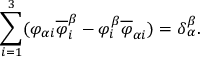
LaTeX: \sum _ { i = 1 } ^ { 3 } ( \varphi _ { \alpha i } \overline { { { \varphi } } } _ { i } ^ { \beta } - \varphi _ { i } ^ { \beta } \overline { { { \varphi } } } _ { \alpha i } ) = \delta { _ \alpha ^ { \beta } } .